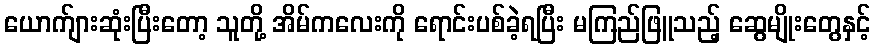
ယောက်ျားဆုံးပြီးတော့ သူတို့ အိမ်ကလေးကို ရောင်းပစ်ခဲ့ရပြီး မကြည်ဖြူသည့် ဆွေမျိုးတွေနှင့်